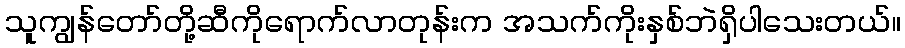
သူကျွန်တော်တို့ဆီကိုရောက်လာတုန်းက အသက်ကိုးနှစ်ဘဲရှိပါသေးတယ်။